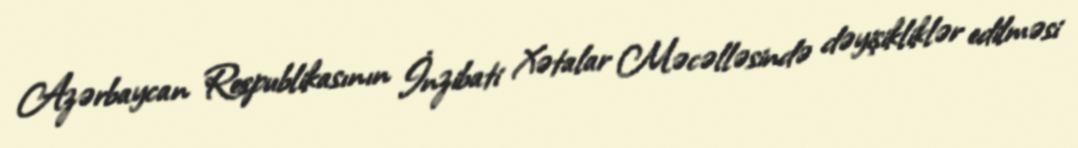
Azərbaycan Respublikasının İnzibati Xətalar Məcəlləsində dəyişikliklər edilməsi